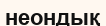
неондық